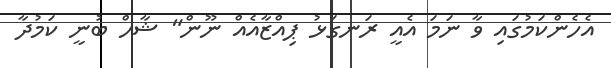
އެހެންކަމުގައި ވާ ނަމަ އެއީ ރަނގަޅު ޕިއްޒާއެއް ނޫން" ޝާހް ބުނީ ކަމުދާ